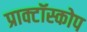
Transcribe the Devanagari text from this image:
प्राक्टॉस्कोप